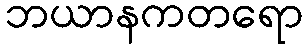
ဘယာနကတရော